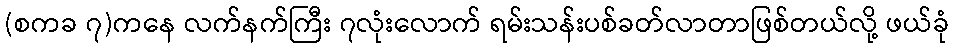
(စကခ ၇)ကနေ လက်နက်ကြီး ၇လုံးလောက် ရမ်းသန်းပစ်ခတ်လာတာဖြစ်တယ်လို့ ဖယ်ခုံ